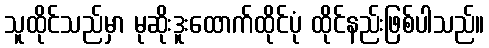
သူထိုင်သည်မှာ မုဆိုးဒူးထောက်ထိုင်ပုံ ထိုင်နည်းဖြစ်ပါသည်။